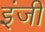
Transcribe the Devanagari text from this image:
इंजी